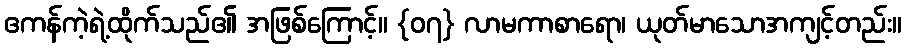
ဧကန်ကဲ့ရဲ့ထိုက်သည်၏ အဖြစ်ကြောင့်။ {၀၇} လာမကာစာရော၊ ယုတ်မာသောအကျင့်တည်း။